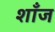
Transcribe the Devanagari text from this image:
शाँज